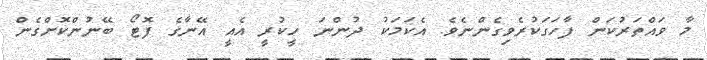
މާ ވައްތަރުކަން ފާހަގަކުރެވިގެންނެވެ. އެކަމަކު ދުންނަ ހީކުރީ އެއީ އޭނާގެ ފޮޓޯ ބޭނުންކޮށްގެން